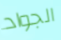
الجواد